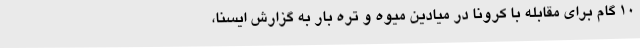
10 گام برای مقابله با کرونا در میادین میوه و تره بار به گزارش ایسنا،